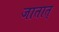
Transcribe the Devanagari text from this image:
जातात्